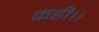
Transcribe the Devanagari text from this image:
कही।।